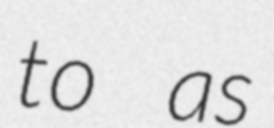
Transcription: to as